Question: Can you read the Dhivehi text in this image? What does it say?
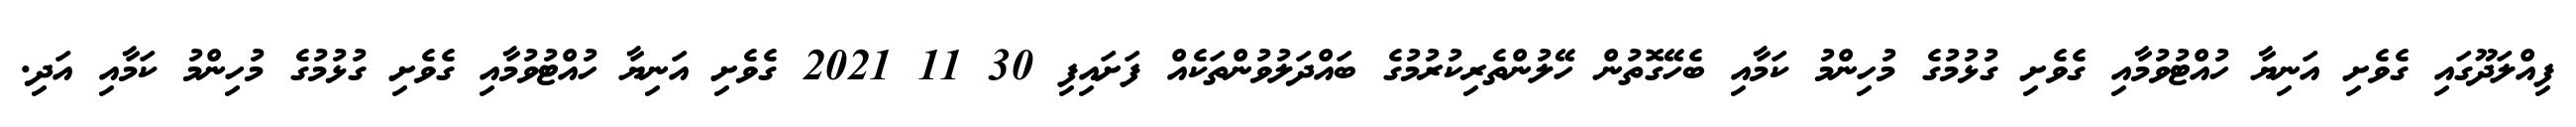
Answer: ފިއްލަދޫގައި ގެވެށި އަނިޔާ ހުއްޓުވުމާއި ގެވެށި ގުޅުމުގެ މުހިންމު ކަމާއި ބެހޭގޮތުން ހޭލުންތެރިކުރުމުގެ ބައްދަލުވުންތަކެއް ފަށައިފި 30 11 2021 ގެވެށި އަނިޔާ ހުއްޓުވުމާއި ގެވެށި ގުޅުމުގެ މުހިންމު ކަމާއި އަދި.